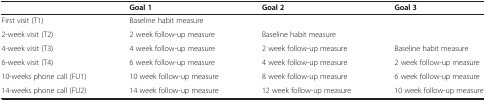
<table><thead><tr><td>[EMPTY_CELL]</td><td><b>Goal 1</b></td><td><b>Goal 2</b></td><td><b>Goal 3</b></td></tr></thead><tbody><tr><td>First visit (T1)</td><td>Baseline habit measure</td><td>[EMPTY_CELL]</td><td>[EMPTY_CELL]</td></tr><tr><td>2-week visit (T2)</td><td>2 week follow-up measure</td><td>Baseline habit measure</td><td>[EMPTY_CELL]</td></tr><tr><td>4-week visit (T3)</td><td>4 week follow-up measure</td><td>2 week follow-up measure</td><td>Baseline habit measure</td></tr><tr><td>6-week visit (T4)</td><td>6 week follow-up measure</td><td>4 week follow-up measure</td><td>2 week follow-up measure</td></tr><tr><td>10-weeks phone call (FU1)</td><td>10 week follow-up measure</td><td>8 week follow-up measure</td><td>6 week follow-up measure</td></tr><tr><td>14-weeks phone call (FU2)</td><td>14 week follow-up measure</td><td>12 week follow-up measure</td><td>10 week follow-up measure</td></tr></tbody></table>